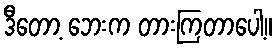
ဒီတော့ ဘေးက တားကြတာပေါ့။